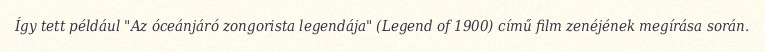
Így tett például "Az óceánjáró zongorista legendája" (Legend of 1900) című film zenéjének megírása során.